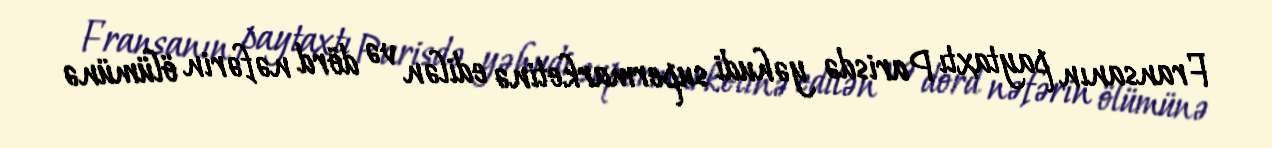
Fransanın paytaxtı Parisdə yəhudi supermarketinə edilən və dörd nəfərin ölümünə